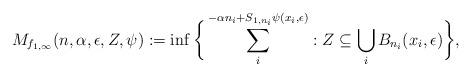
LaTeX: \begin{align*}M_{f_{1,\infty}}(n,\alpha,\epsilon,Z,\psi):=\inf\bigg\{\sum_{i}^{-\alpha n_{i}+S_{1,n_{i}}\psi(x_{i},\epsilon)}:Z\subseteq\bigcup_{i}B_{n_{i}}(x_{i},\epsilon)\bigg\},\end{align*}